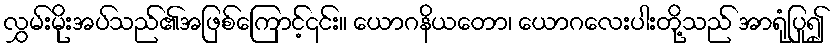
လွှမ်းမိုးအပ်သည်၏အဖြစ်ကြောင့်၎င်း။ ယောဂနိယတော၊ ယောဂလေးပါးတို့သည် အာရုံပြု၍